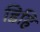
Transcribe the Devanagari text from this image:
डिहि